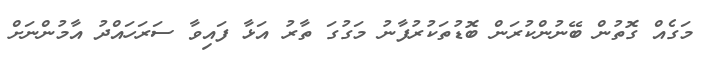
މަގެއް ގޮތުން ބޭނުންކުރަން ބޮޑުތަކުރުފާނު މަގުގަ ތާރު އަޅާ ފައިވާ ސަރަހައްދު އާމުންނަށް